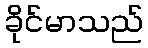
ခိုင်မာသည်